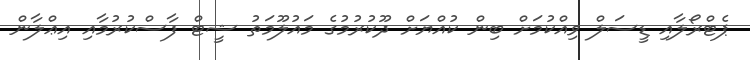
ޕެޓްރޯލާއި ޑީސަލް ވިއްކުމަށް ބިން ކުއްޔަށް ދޫކުރުމުގެ މައުލޫމަތު ޝީޓް ފާސްކުރުމާއި އިޢްލާން